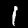
Digit: 1